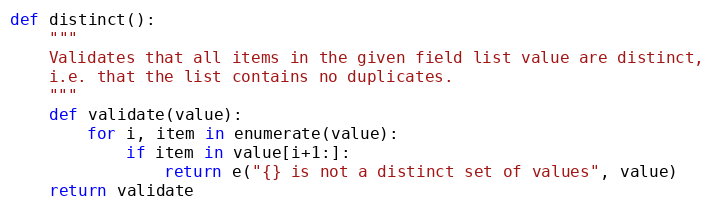
Language: Python
def distinct():
    """
    Validates that all items in the given field list value are distinct,
    i.e. that the list contains no duplicates.
    """
    def validate(value):
        for i, item in enumerate(value):
            if item in value[i+1:]:
                return e("{} is not a distinct set of values", value)
    return validate